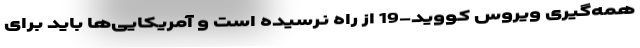
همه‌گیری ویروس کووید-19 از راه نرسیده است و آمریکایی‌ها باید برای